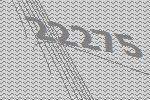
22275